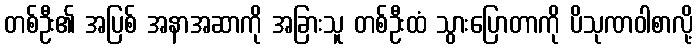
တစ်ဦး၏ အပြစ် အနာအဆာကို အခြားသူ တစ်ဦးထံ သွားပြောတာကို ပိသုဏဝါစာလို့